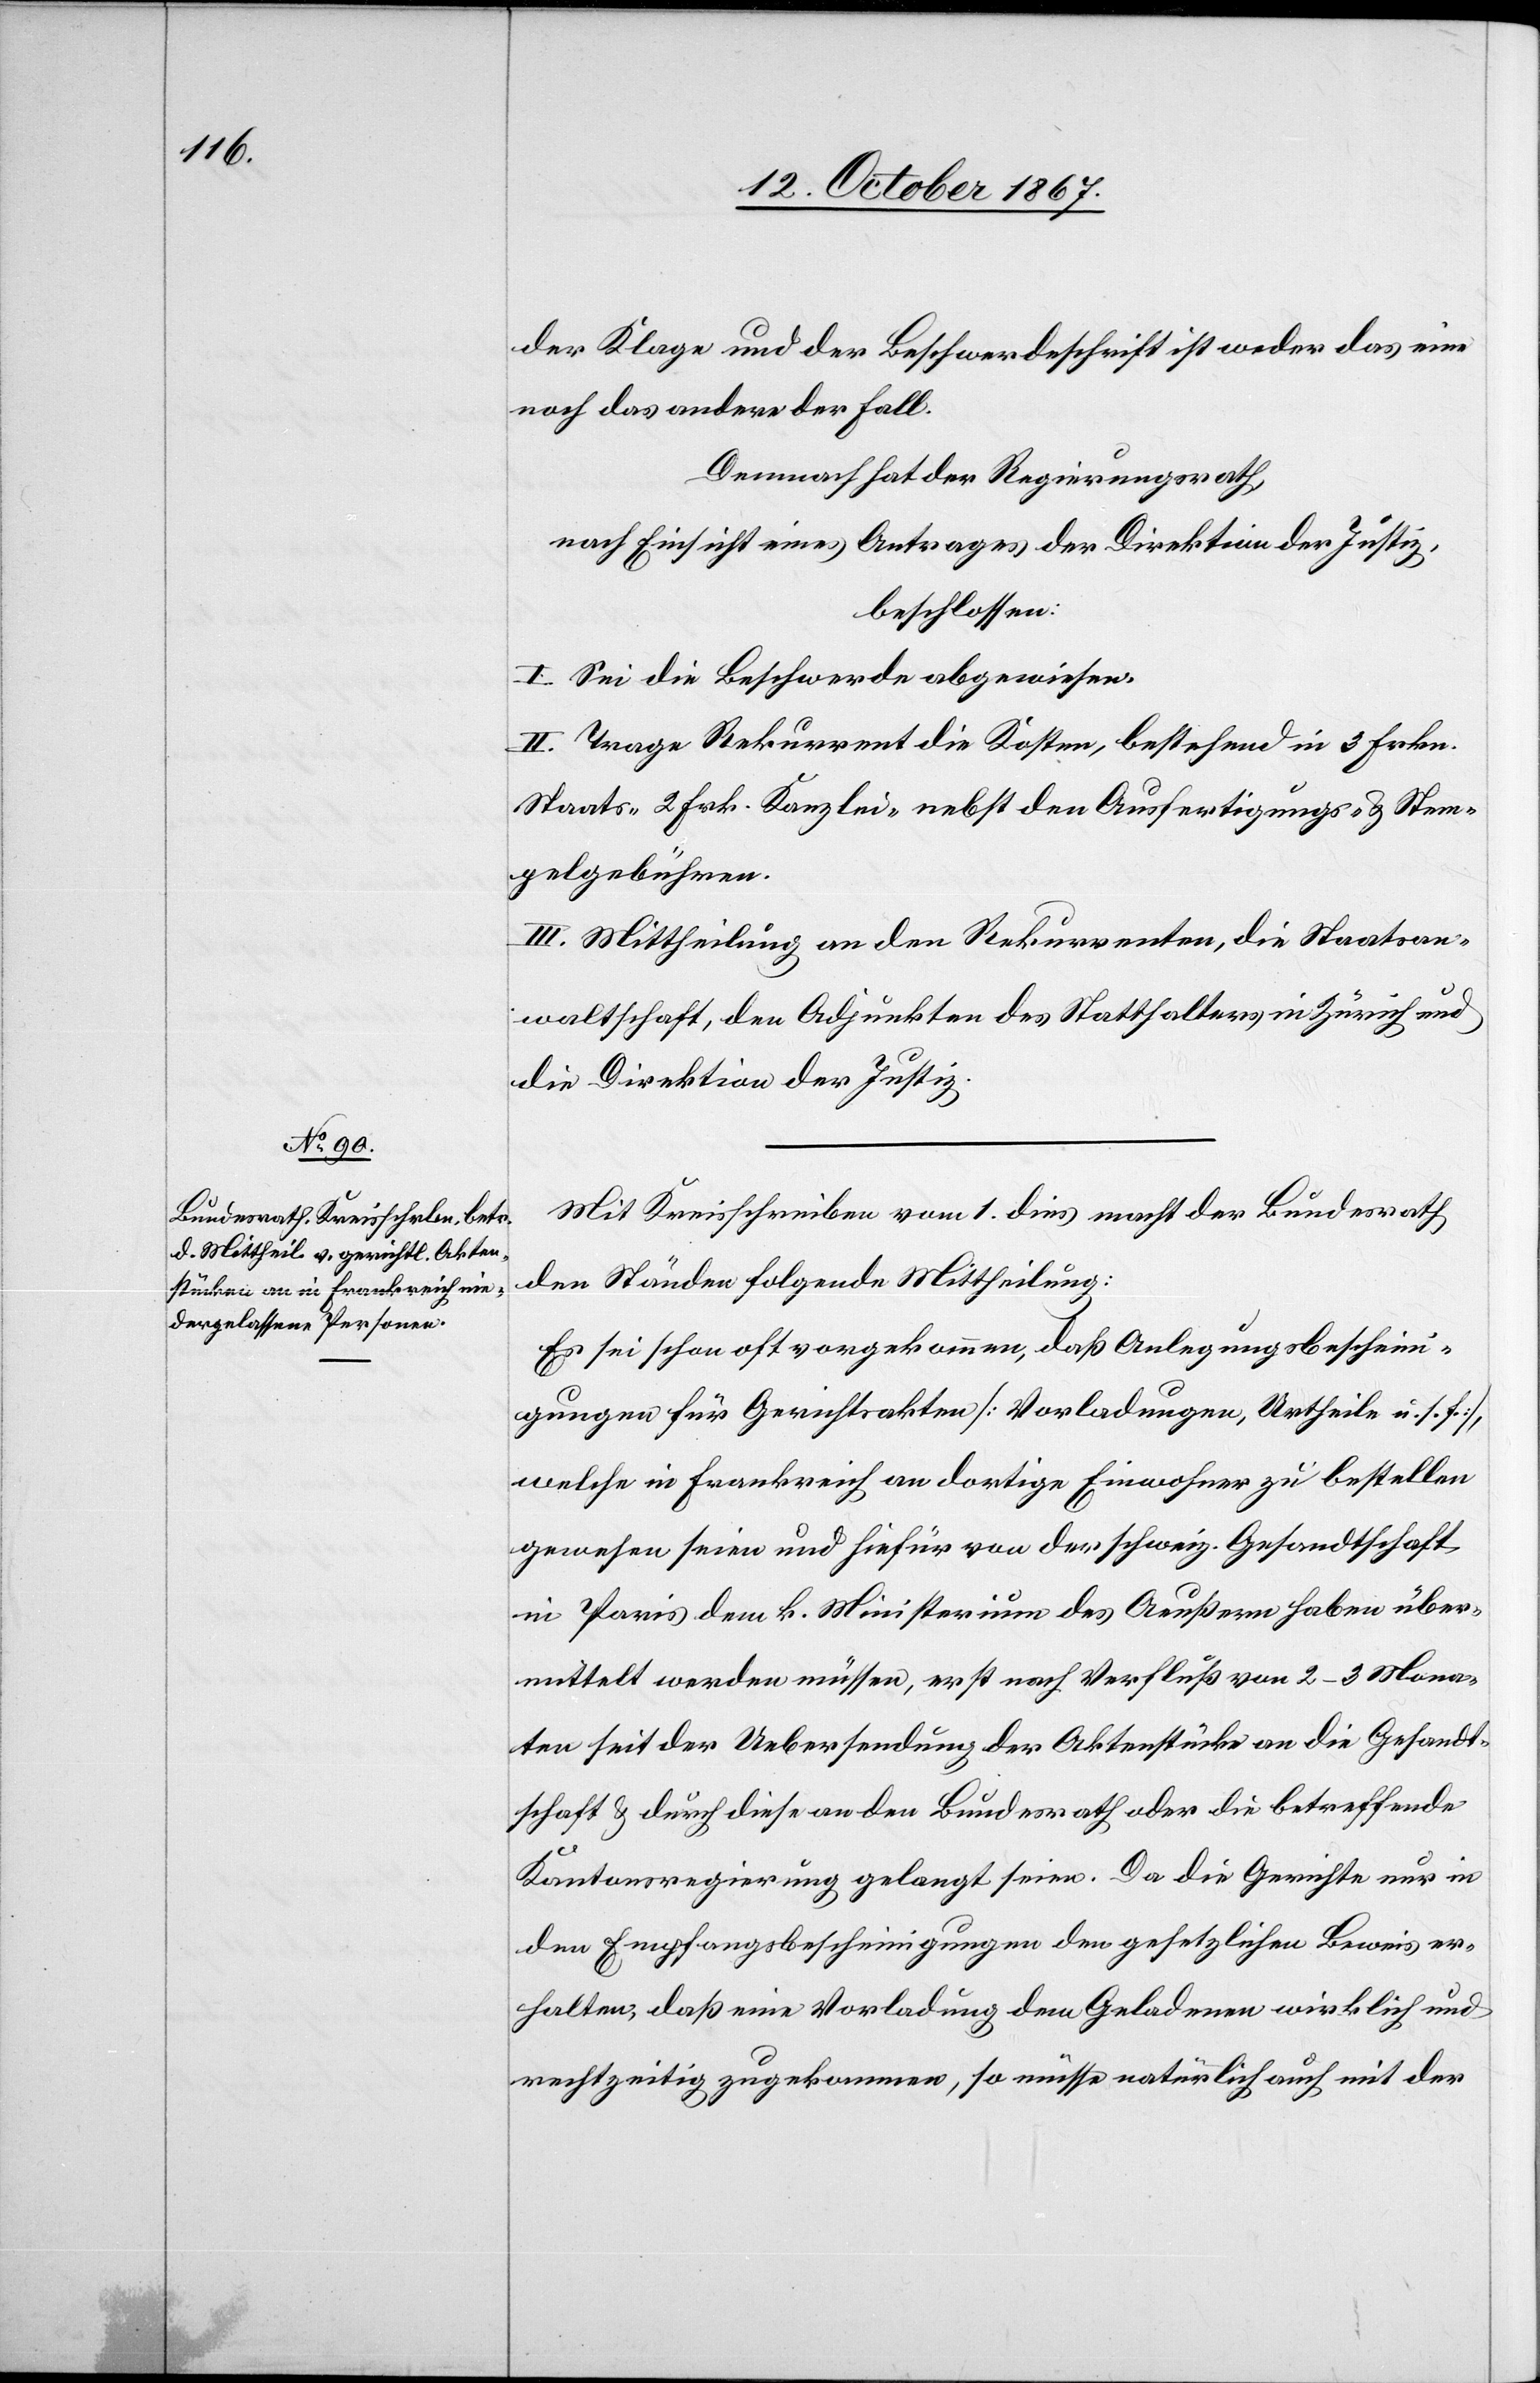
der Klage und der Beschwerdeschrift ist weder das eine
noch das andere der Fall.
Demnach hat der Regierungsrath,
nach Einsicht eines Antrages der Direktion der Justiz,
beschlossen:
I. Sei die Beschwerde abgewiesen
II. Trage Rekurrent die Kosten, bestehend in 3 Frkn.
Staats-[,] 2 Frk. Kanzlei- nebst den Ausfertigungs- u. Stem¬
pelgebühren.
III. Mittheilung an den Rekurrenten, die Staatsan¬
waltschaft, den Adjunkten des Statthalters in Zürich und
die Direktion der Justiz.
Mit Kreisschreiben vom 1. dies macht der Bundesrath
den Ständen folgende Mittheilung:
Es sei schon oft vorgekommen, daß Anlegungsbescheini¬
gungen für Gerichtsakten [Vorladungen, Urtheile u. s. f.],
welche in Frankreich an dortige Einwohner zu bestellen
gewesen seien und hiefür von der schweiz. Gesandtschaft
in Paris dem k. Ministerium des Aeußern haben über¬
mittelt werden müssen, erst nach Verfluß von 2–3 Mona¬
ten seit der Uebersendung der Aktenstücke an die Gesandt¬
schaft u. durch diese an den Bundesrath oder die betreffende
Kantonsregierung gelangt seien. Da die Gerichte nur in
den Empfangsbescheinigungen den gesetzlichen Beweis er¬
halten, daß eine Vorladung dem Geladenen wirklich und
rechtzeitig zugekommen, so müsse natürlich auch mit der